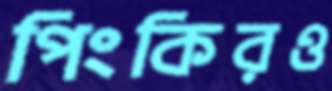
পিংকিরও